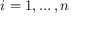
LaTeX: i = 1 , \ldots , n